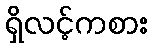
ရှိလင့်ကစား